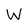
Character: W